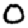
Digit: 0